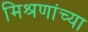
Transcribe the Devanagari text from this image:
मिश्रणांच्या